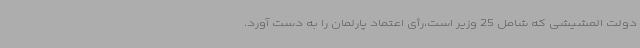
دولت المشیشی که شامل 25 وزیر است،رأی اعتماد پارلمان را به دست آورد.